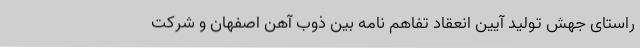
راستای جهش تولید آیین انعقاد تفاهم نامه بین ذوب آهن اصفهان و شرکت